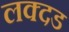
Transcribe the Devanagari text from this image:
लक्दड